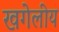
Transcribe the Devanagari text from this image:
खगेलीय